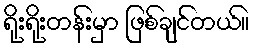
ရိုးရိုးတန်းမှာ ဖြစ်ချင်တယ်။